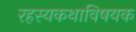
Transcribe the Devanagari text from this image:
रहस्यकथाविषयक